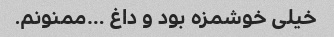
خیلی خوشمزه بود و داغ …ممنونم.